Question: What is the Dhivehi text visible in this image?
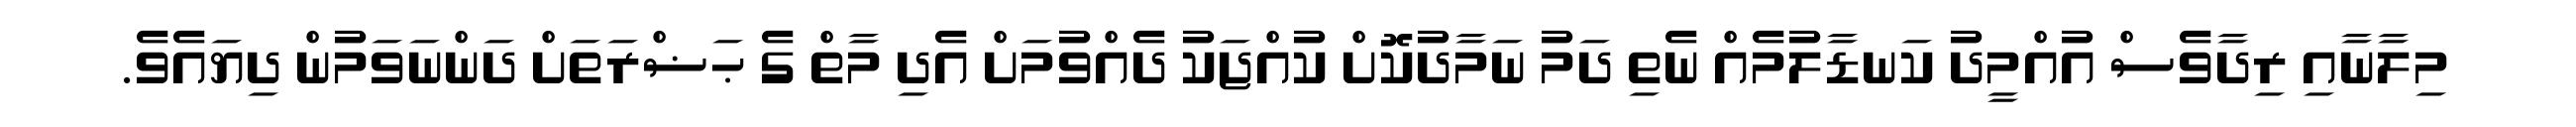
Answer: މިލާނާއި ރިދާވެސް އުއްމީދު ކަނޑާލުމެއް ނެތި ދަމު ނަމާދުކޮށް ކުއްޖަކު ދެއްވުމަށް އެދި މާތް ގެ ޙަޟްރަތަށް ދަންނަވަމުން ދިޔައެވެ.